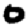
Digit: 0